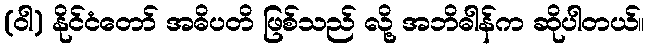
(ဝါ) နိုင်ငံတော် အဓိပတိ ဖြစ်သည် လို့ အဘိဓါန်က ဆိုပါတယ်။